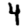
Digit: 4